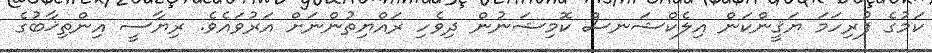
ކަމުގެ ފުރިހަމަ ޔަޤީންކަން އިލެކްޝަނސް ކޮމިޝަނުން ދިވެހި ރައްޔިތުންނަށް އަރުވައެވެ. ރިޔާސީ އިންތިޚާބުގެ